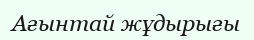
Ағынтай жұдырығы